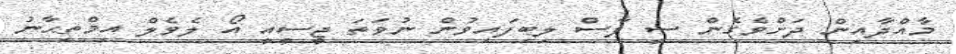
މާއްދާއިން ދަށްވެގެން ސީ ފާސް ލިބިފައިވުން ނުވަތަ ޖީސީއީ އޯ ލެވެލް އިމްތިޙާނު